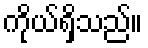
ကိုယ်ရှိသည်။